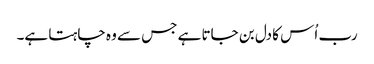
رب اُس کا دل بن جاتا ہے جس سے وہ چاہتا ہے۔